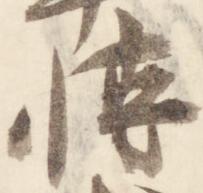
博